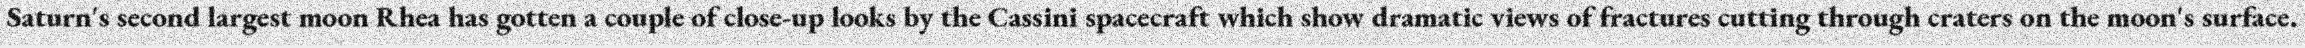
Saturn's second largest moon Rhea has gotten a couple of close-up looks by the Cassini spacecraft which show dramatic views of fractures cutting through craters on the moon's surface.